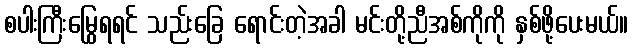
စပါးကြီးမြွေရရင် သည်းခြေ ရောင်းတဲ့အခါ မင်းတို့ညီအစ်ကိုကို နှစ်ဖို့ပေးမယ်။